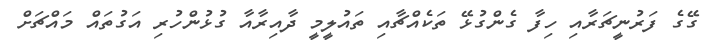
ގޭގެ ފަރުނީޗަރާއި ހިފާ ގެންގުޅޭ ތަކެއްޗާއި ތައުލީމީ ދާއިރާއާ ގުޅުންހުރި އަގުތައް މައްޗަށް